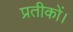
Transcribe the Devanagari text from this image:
प्रतीकों।